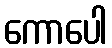
ကောပေါ